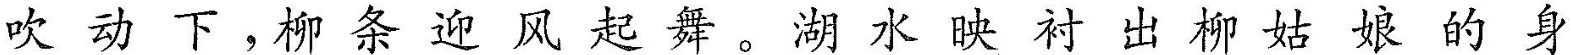
吹动下，柳条迎风起舞。湖水映衬出柳姑娘的身